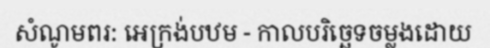
សំណូមពរ: អេក្រង់បឋម - កាលបរិច្ឆេទចម្លងដោយ